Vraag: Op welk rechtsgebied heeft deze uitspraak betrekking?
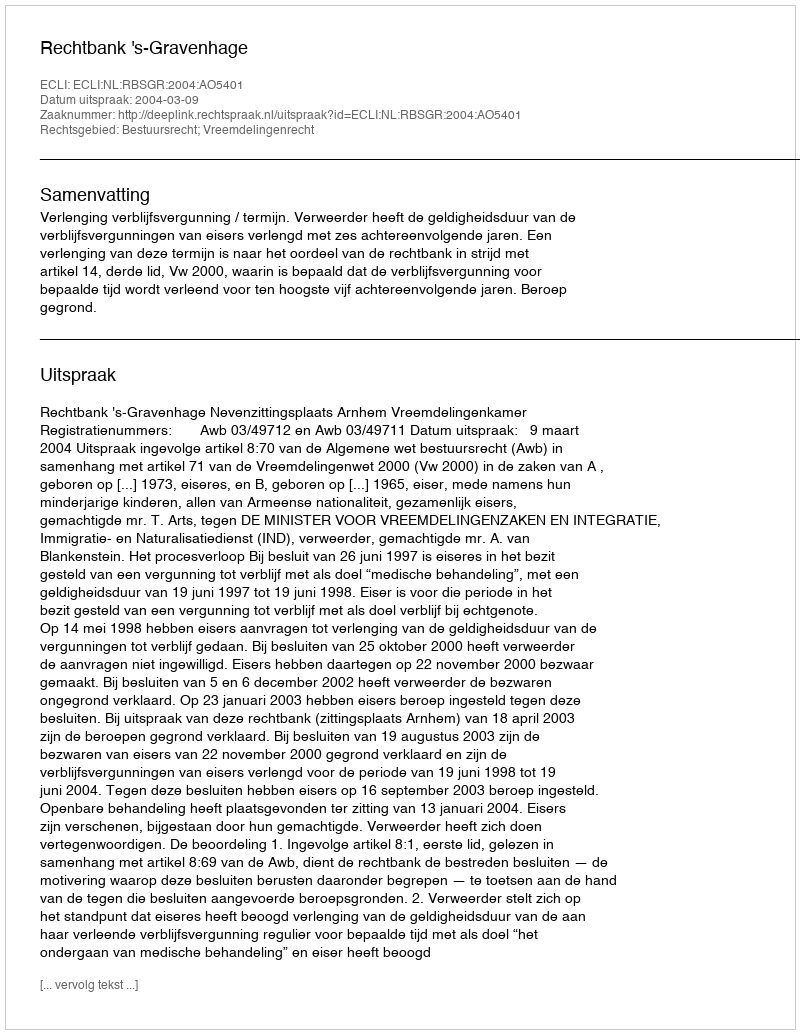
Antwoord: Bestuursrecht; Vreemdelingenrecht